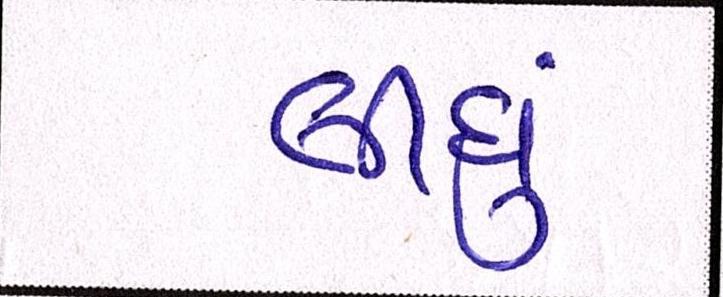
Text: લીઘું